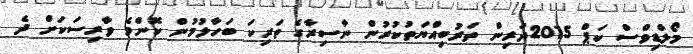
މޯލްޑިވްސް ކަޕް 2015ދަރިން ތަރުބިއްޔަތުކުރުން ނާސިރާގެ ތަރިކަ ބަހާލުމުން ކޮންމެ ވާރިސަކަށް ދެ